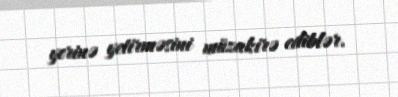
yerinə yetirməsini müzakirə ediblər.